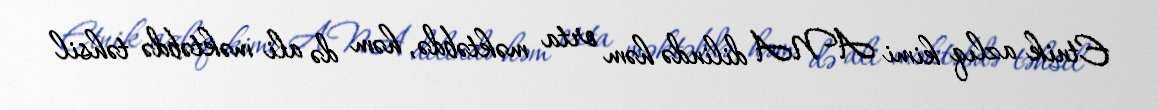
Etnik azlıq kimi ANA dilində həm orta məktəbdə, həm də ali məktəbdə təhsil